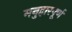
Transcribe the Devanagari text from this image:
मनुहारपूर्ण